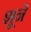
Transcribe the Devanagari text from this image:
शूने